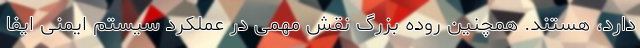
دارد، هستند. همچنین روده بزرگ نقش مهمی در عملکرد سیستم ایمنی ایفا